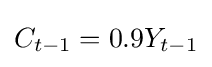
C_{t-1}=0.9Y_{t-1}